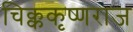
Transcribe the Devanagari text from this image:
चिक्ककृष्णराज